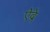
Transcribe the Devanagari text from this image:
ऐंद्रे